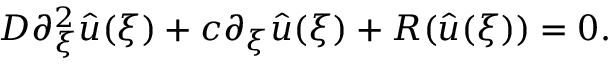
D \partial _ { \xi } ^ { 2 } { \hat { u } } ( \xi ) + c \partial _ { \xi } { \hat { u } } ( \xi ) + R ( { \hat { u } } ( \xi ) ) = 0 .